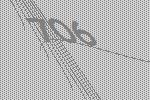
706